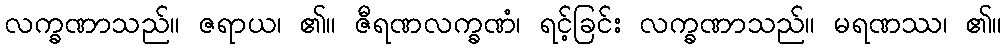
လက္ခဏာသည်။ ဇရာယ၊ ၏။ ဇီရဏလက္ခဏံ၊ ရင့်ခြင်း လက္ခဏာသည်။ မရဏဿ၊ ၏။